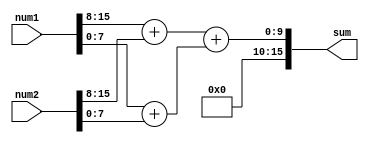
module fixed_point_adder(
    input [15:0] num1,
    input [15:0] num2,
    output reg [15:0] sum
);

reg [15:0] intermediate_sum1, intermediate_sum2;

// Arithmetic Block 1
always @* begin
    intermediate_sum1 = (num1[15:8] + num2[15:8]);
end

// Arithmetic Block 2
always @* begin
    intermediate_sum2 = (num1[7:0] + num2[7:0]);
end

// Final output register
always @* begin
    sum = intermediate_sum1 + intermediate_sum2;
end

endmodule